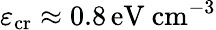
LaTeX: \varepsilon_{\mathrm{cr}}\approx 0.8\, \mathrm{eV~cm}^{-3}